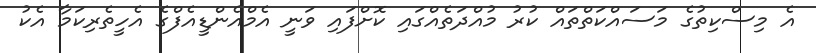
އެ މިސްކިތުގެ މަސައްކަތްތައް ކުރު މުއްދަތެއްގައި ކޮށްފައި ވަނީ އެމްއެންޑީއެފްގެ އެހީތެރިކަމާ އެކު